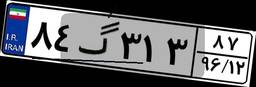
۸۴گ۳۱۳۸۷